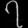
Digit: ၇